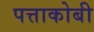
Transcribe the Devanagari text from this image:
पत्ताकोबी